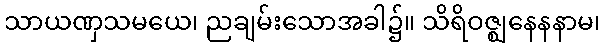
သာယဏှသမယေ၊ ညချမ်းသောအခါ၌။ သိရိဝဇ္ဈနေနနာမ၊